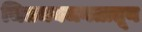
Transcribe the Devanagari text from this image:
चित्रमयजगतातून